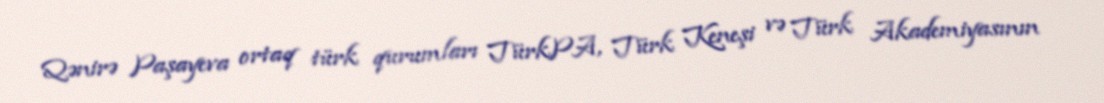
Qənirə Paşayeva ortaq türk qurumları TürkPA, Türk Keneşi və Türk Akademiyasının